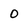
Character: 0